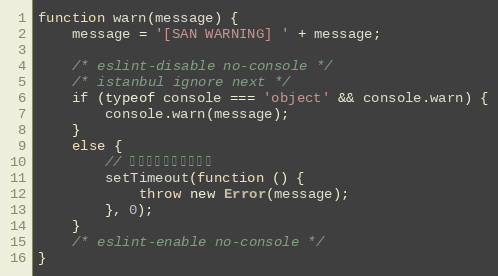
Language: JavaScript
function warn(message) {
    message = '[SAN WARNING] ' + message;

    /* eslint-disable no-console */
    /* istanbul ignore next */
    if (typeof console === 'object' && console.warn) {
        console.warn(message);
    }
    else {
        // 防止警告中断调用堆栈
        setTimeout(function () {
            throw new Error(message);
        }, 0);
    }
    /* eslint-enable no-console */
}